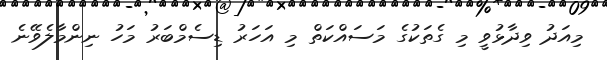
މިއަދު ވިދާޅުވީ މި ގެތަކުގެ މަސައްކަތް މި އަހަރު ޑިސެމްބަރު މަހު ނިންމާލެވޭނެ